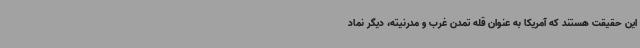
این حقیقت هستند که آمریکا به عنوان قله تمدن غرب و مدرنیته، دیگر نماد